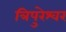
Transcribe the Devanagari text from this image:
त्रिपुरेश्वर